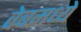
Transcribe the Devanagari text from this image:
वेबमध्ये